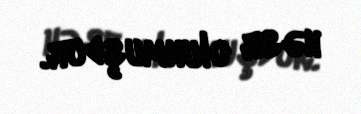
həsr olunmuşdur.